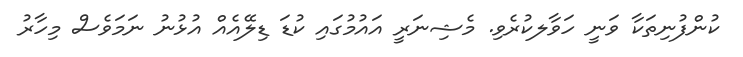
ކުންފުނިތަކާ ވަނީ ހަވާލކުރެވި. މެޝިނަރީ އައުމުގައި ކުޑަ ޑިލޭއެއް އުޅުނު ނަމަވެސް މިހާރު